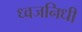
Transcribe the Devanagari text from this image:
ध्वजनिधी